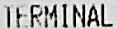
TERMINAL